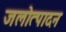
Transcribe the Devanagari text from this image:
जलोत्पादन